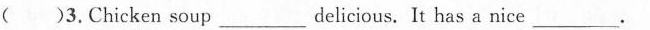
( )3.Chicken soup\underlinedelicious, It has a nice \underline.